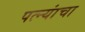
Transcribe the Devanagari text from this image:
पत्‍न्यांचा